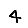
Digit: 4